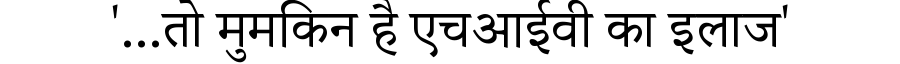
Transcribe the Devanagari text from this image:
'...तो मुमकिन है एचआईवी का इलाज'